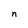
Character: n